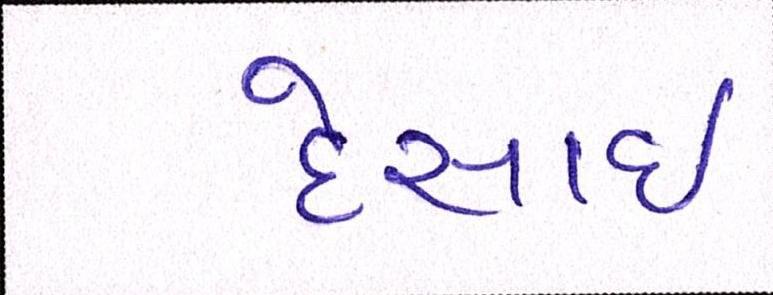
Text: દેસાઇ